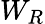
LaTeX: W_{R}